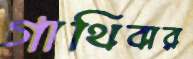
গাথিবার